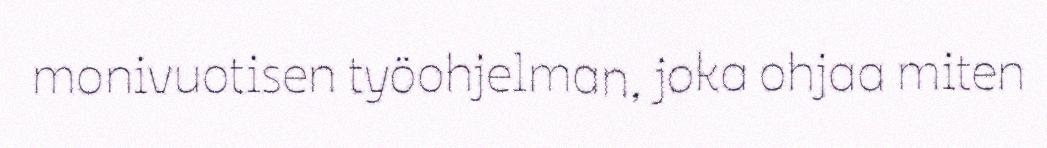
monivuotisen työohjelman, joka ohjaa miten